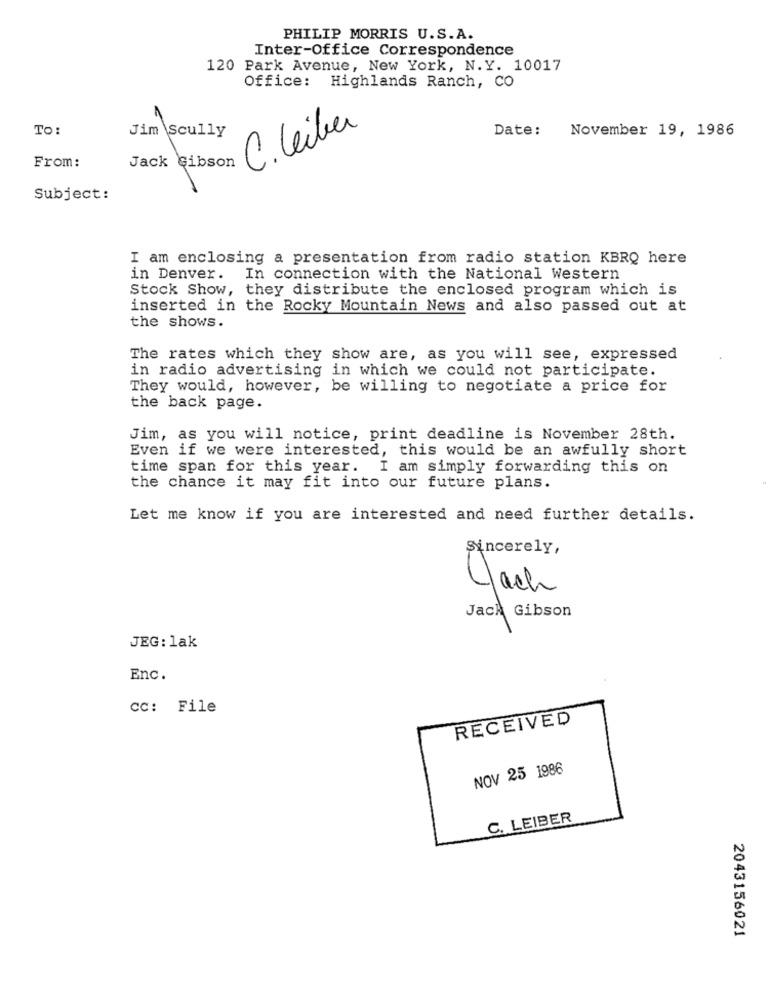
PHILIP MORRIS U.S.A.
Inter-Office Correspondence
120 Park Avenue, New York, N.Y. 10017
Office: Highlands Ranch, CO
TO:
Jim Scully
C. leiber
Date: November 19, 1986
From:
Jack Gibson
Subject:
I am enclosing a presentation from radio station KBRQ here
in Denver. In connection with the National Western
Stock Show, they distribute the enclosed program which is
inserted in the Rocky Mountain News and also passed out at
the shows.
The rates which they show are, as you will see, expressed
in radio advertising in which we could not participate.
They would, however, be willing to negotiate a price for
the back page.
Jim, as you will notice, print deadline is November 28th.
Even if we were interested, this would be an awfully short
time span for this year. I am simply forwarding this on
the chance it may fit into our future plans.
Let me know if you are interested and need further details.
Sincerely,
Clach
Jack Gibson
JEG: lak
Enc.
CC: File
RECEIVED
NOV 25 1986
C. LEIBER
2043156021